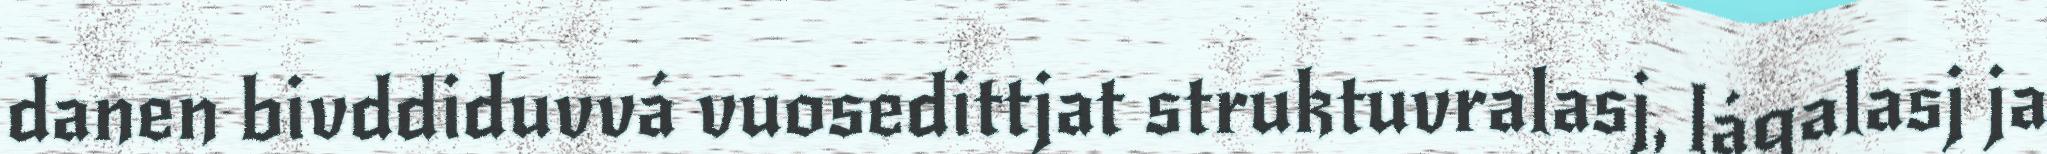
danen bivddiduvvá vuosedittjat struktuvralasj, lágalasj ja